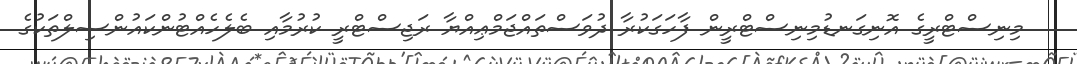
މިނިސްޓްރީގެ އޮނިގަނޑުމިނިސްޓްރީން ފާހަގަކުރާ ދުވަސްތައްޖަމްޢިއްޔާ ރަޖިސްޓްރީ ކުރުމާއި ބެލެހެއްޓުންކައުންސިލްތަކުގެ